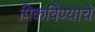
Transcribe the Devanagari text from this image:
पिकविण्याचे